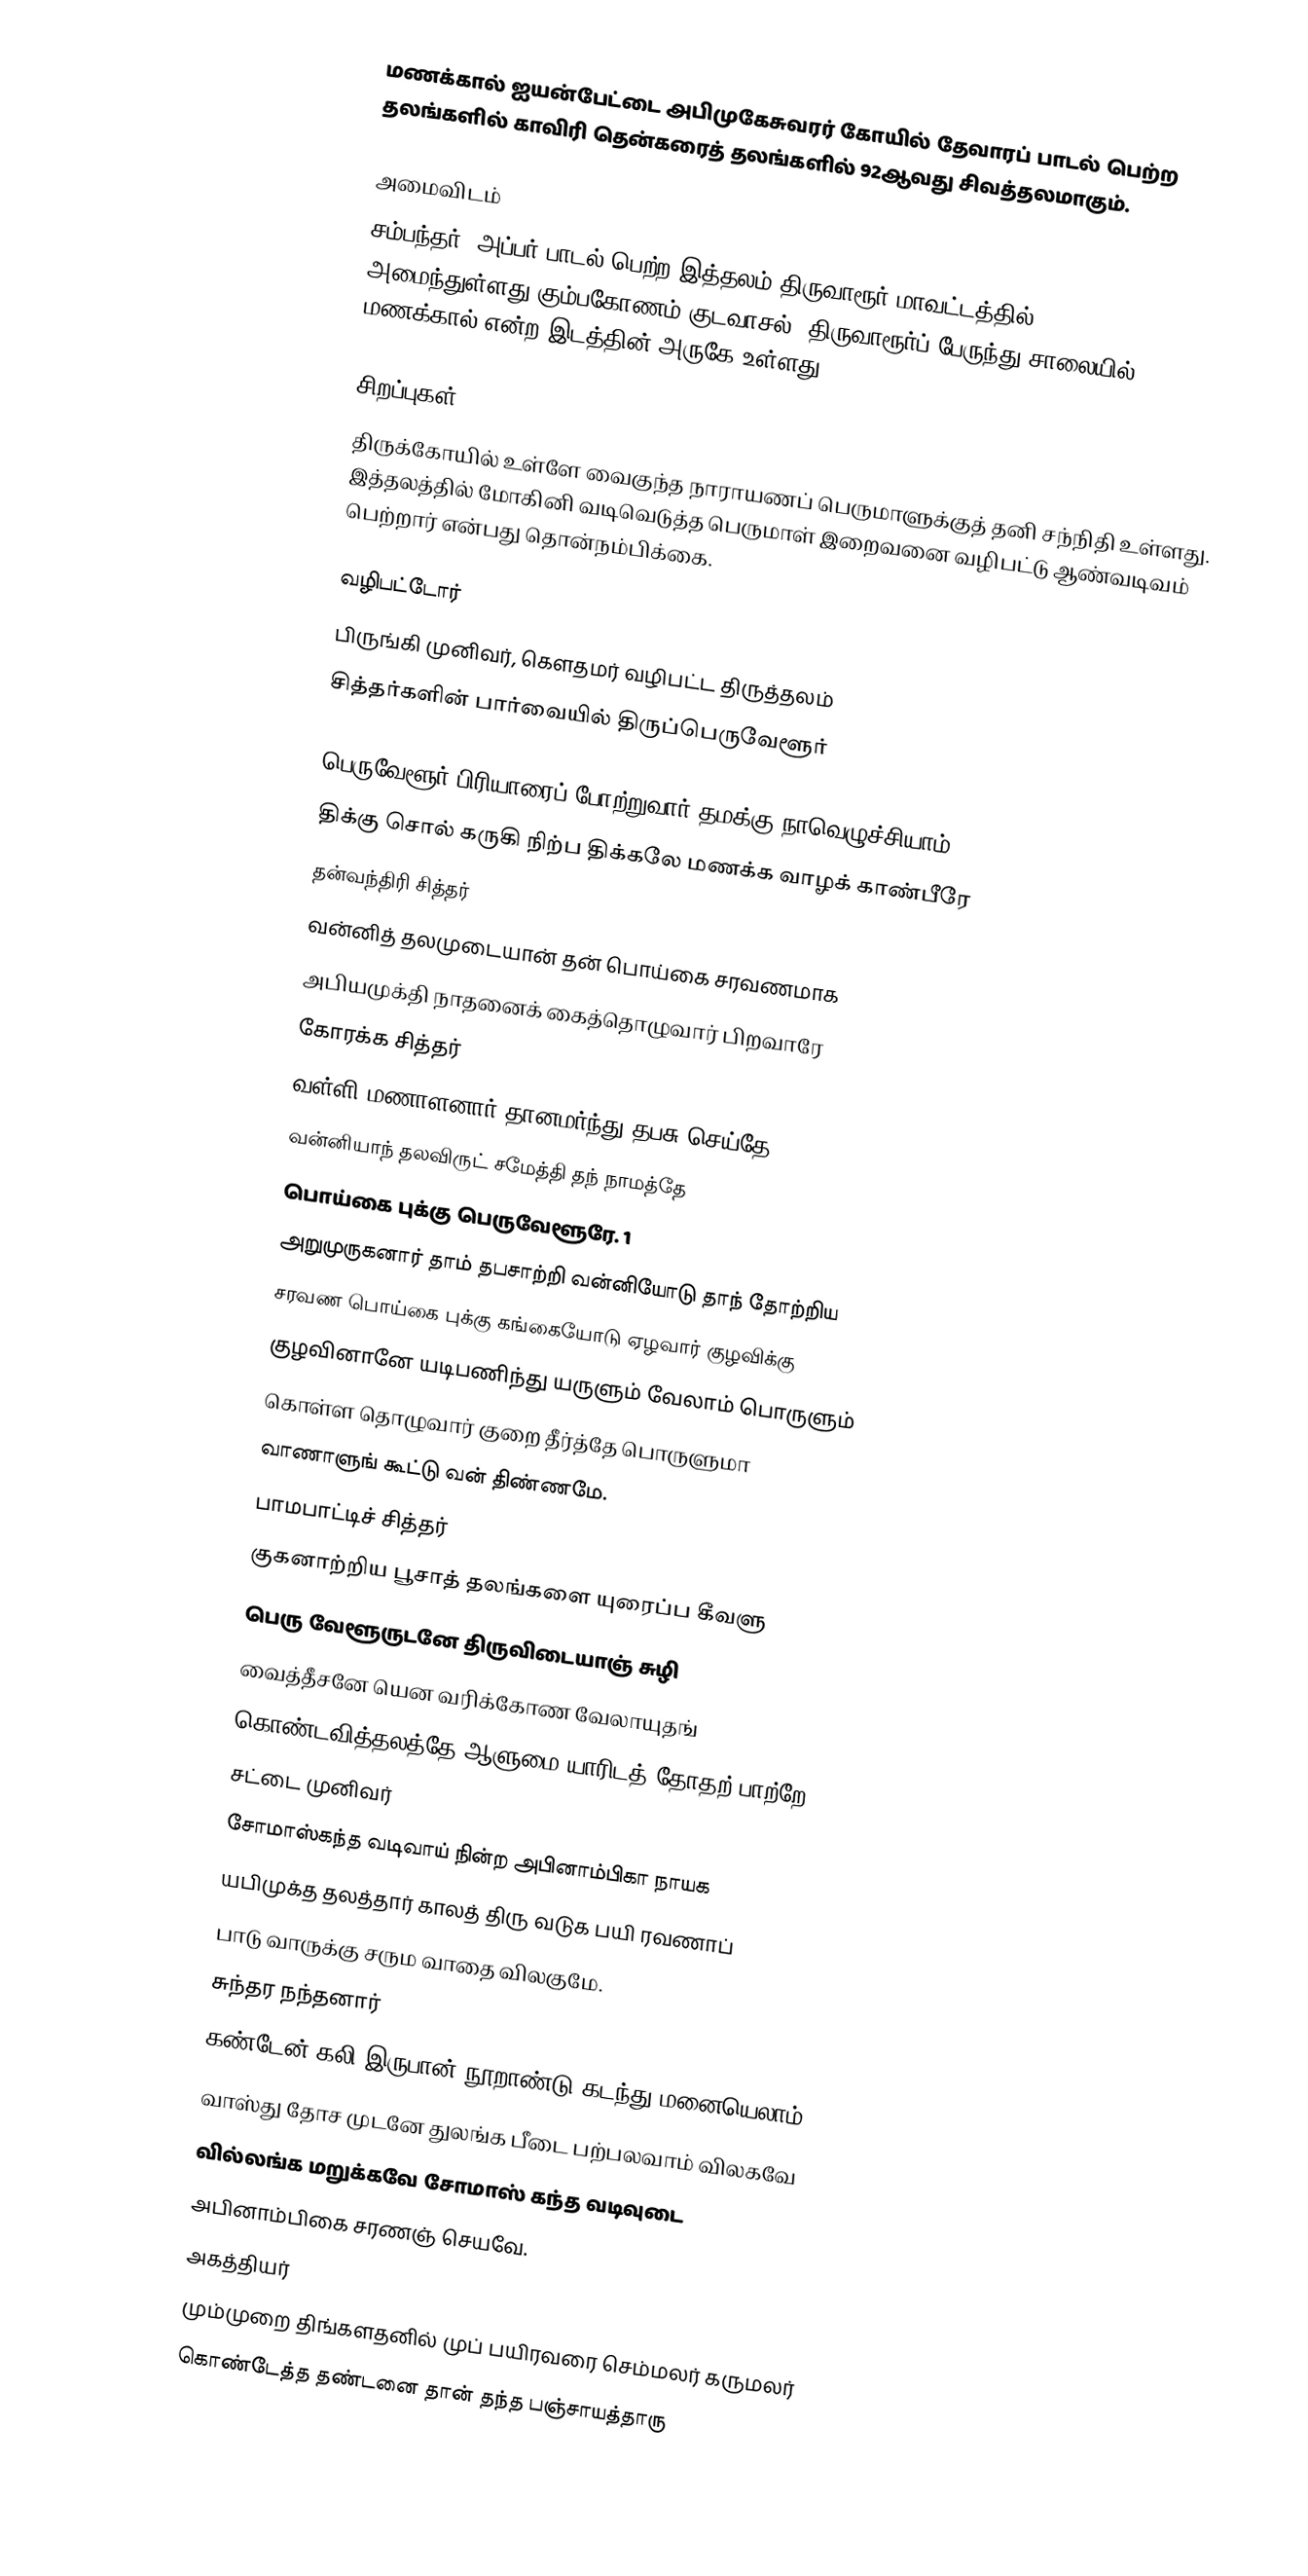
மணக்கால் ஐயன்பேட்டை அபிமுகேசுவரர் கோயில் தேவாரப் பாடல் பெற்ற தலங்களில் காவிரி தென்கரைத் தலங்களில் 92ஆவது சிவத்தலமாகும்.

அமைவிடம்
சம்பந்தர், அப்பர் பாடல் பெற்ற இத்தலம் திருவாரூர் மாவட்டத்தில் அமைந்துள்ளது.கும்பகோணம்-குடவாசல், திருவாரூர்ப் பேருந்து சாலையில் மணக்கால் என்ற இடத்தின் அருகே உள்ளது.

சிறப்புகள்
திருக்கோயில் உள்ளே வைகுந்த நாராயணப் பெருமாளுக்குத் தனி சந்நிதி உள்ளது. இத்தலத்தில் மோகினி வடிவெடுத்த பெருமாள் இறைவனை வழிபட்டு ஆண்வடிவம் பெற்றார் என்பது தொன்நம்பிக்கை.

வழிபட்டோர்
பிருங்கி முனிவர், கௌதமர் வழிபட்ட திருத்தலம்
சித்தர்களின் பார்வையில் திருப்பெருவேளூர்

   பெருவேளூர் பிரியாரைப் போற்றுவார் தமக்கு நாவெழுச்சியாம்
திக்கு சொல் கருகி நிற்ப திக்கலே மணக்க வாழக் காண்பீரே
  					தன்வந்திரி சித்தர்
  வன்னித் தலமுடையான் தன் பொய்கை சரவணமாக
அபியமுக்தி நாதனைக் கைத்தொழுவார் பிறவாரே
  					கோரக்க சித்தர்
  வள்ளி மணாளனார் தானமர்ந்து தபசு செய்தே
வன்னியாந் தலவிருட் சமேத்தி தந் நாமத்தே
பொய்கை புக்கு பெருவேளூரே.                                1
  அறுமுருகனார் தாம் தபசாற்றி வன்னியோடு தாந் தோற்றிய
சரவண பொய்கை புக்கு கங்கையோடு ஏழவார் குழவிக்கு
குழவினானே யடிபணிந்து யருளும் வேலாம் பொருளும்
கொள்ள தொழுவார் குறை தீர்த்தே பொருளுமா
வாணாளுங் கூட்டு வன் திண்ணமே.
  						பாமபாட்டிச் சித்தர்
  குகனாற்றிய பூசாத் தலங்களை யுரைப்ப கீவளு
பெரு வேளூருடனே திருவிடையாஞ் சுழி
வைத்தீசனே யென வரிக்கோண வேலாயுதங்
கொண்டவித்தலத்தே ஆளுமை யாரிடத் தோதற் பாற்றே.
   						சட்டை முனிவர்
  சோமாஸ்கந்த வடிவாய் நின்ற அபினாம்பிகா நாயக
யபிமுக்த தலத்தார் காலத் திரு வடுக பயி ரவணாப்
பாடு வாருக்கு சரும வாதை விலகுமே.
  						சுந்தர நந்தனார்
  கண்டேன் கலி இருபான் நூறாண்டு கடந்து மனையெலாம்
வாஸ்து தோச முடனே துலங்க பீடை பற்பலவாம் விலகவே
வில்லங்க மறுக்கவே சோமாஸ் கந்த வடிவுடை
அபினாம்பிகை சரணஞ் செயவே.
   						அகத்தியர்
  மும்முறை திங்களதனில் முப் பயிரவரை செம்மலர் கருமலர்
கொண்டேத்த தண்டனை தான் தந்த பஞ்சாயத்தாரு